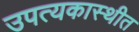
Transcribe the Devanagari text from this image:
उपत्यकास्थीत